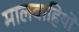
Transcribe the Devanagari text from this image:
मालवाहियों